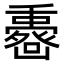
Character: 𠚟